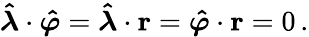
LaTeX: {\boldsymbol{\hat{\lambda}}}\cdot{\boldsymbol{\hat{\varphi}}}={\boldsymbol{\hat{\lambda}}}\cdot\mathbf{r}={\boldsymbol{\hat{\varphi}}}\cdot\mathbf{r}=0\, .